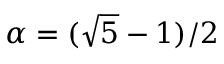
\alpha = ( \sqrt { 5 } - 1 ) / 2